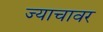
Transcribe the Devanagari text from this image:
ज्याचावर